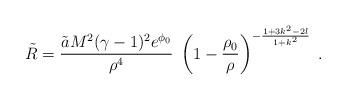
LaTeX: \begin{align*}\tilde{R} = \frac{\tilde{a} M^2 (\gamma - 1)^2 e^{\phi_0}}{\rho^4} \;\left(1 - \frac{\rho_0}{\rho}\right)^{- \frac{1 + 3 k^2 - 2 l}{1 + k^2}}\; .\end{align*}